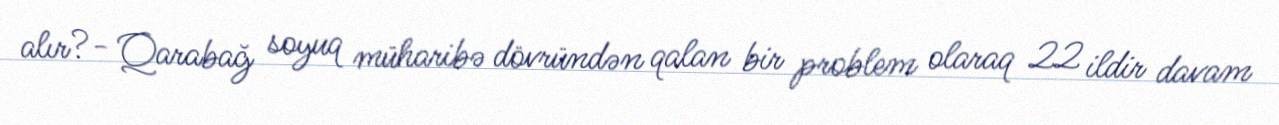
alır?- Qarabağ soyuq müharibə dövründən qalan bir problem olaraq 22 ildir davam